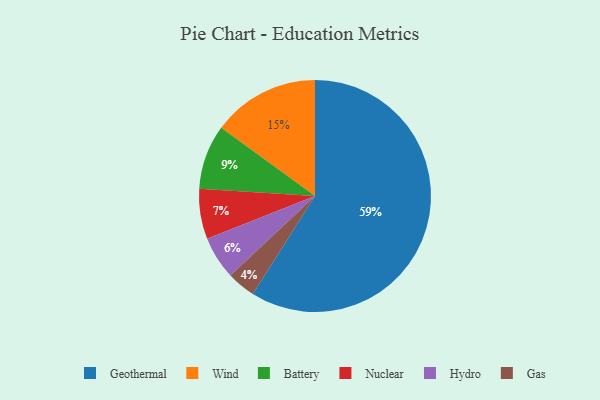
{"axis": {"x": "Category", "y": "Percentage"}, "legend": ["Battery", "Gas", "Geothermal", "Hydro", "Nuclear", "Wind"], "data": [{"x": "Wind", "y": 15, "type": "Wind"}, {"x": "Battery", "y": 9, "type": "Battery"}, {"x": "Hydro", "y": 6, "type": "Hydro"}, {"x": "Geothermal", "y": 59, "type": "Geothermal"}, {"x": "Gas", "y": 4, "type": "Gas"}, {"x": "Nuclear", "y": 7, "type": "Nuclear"}]}